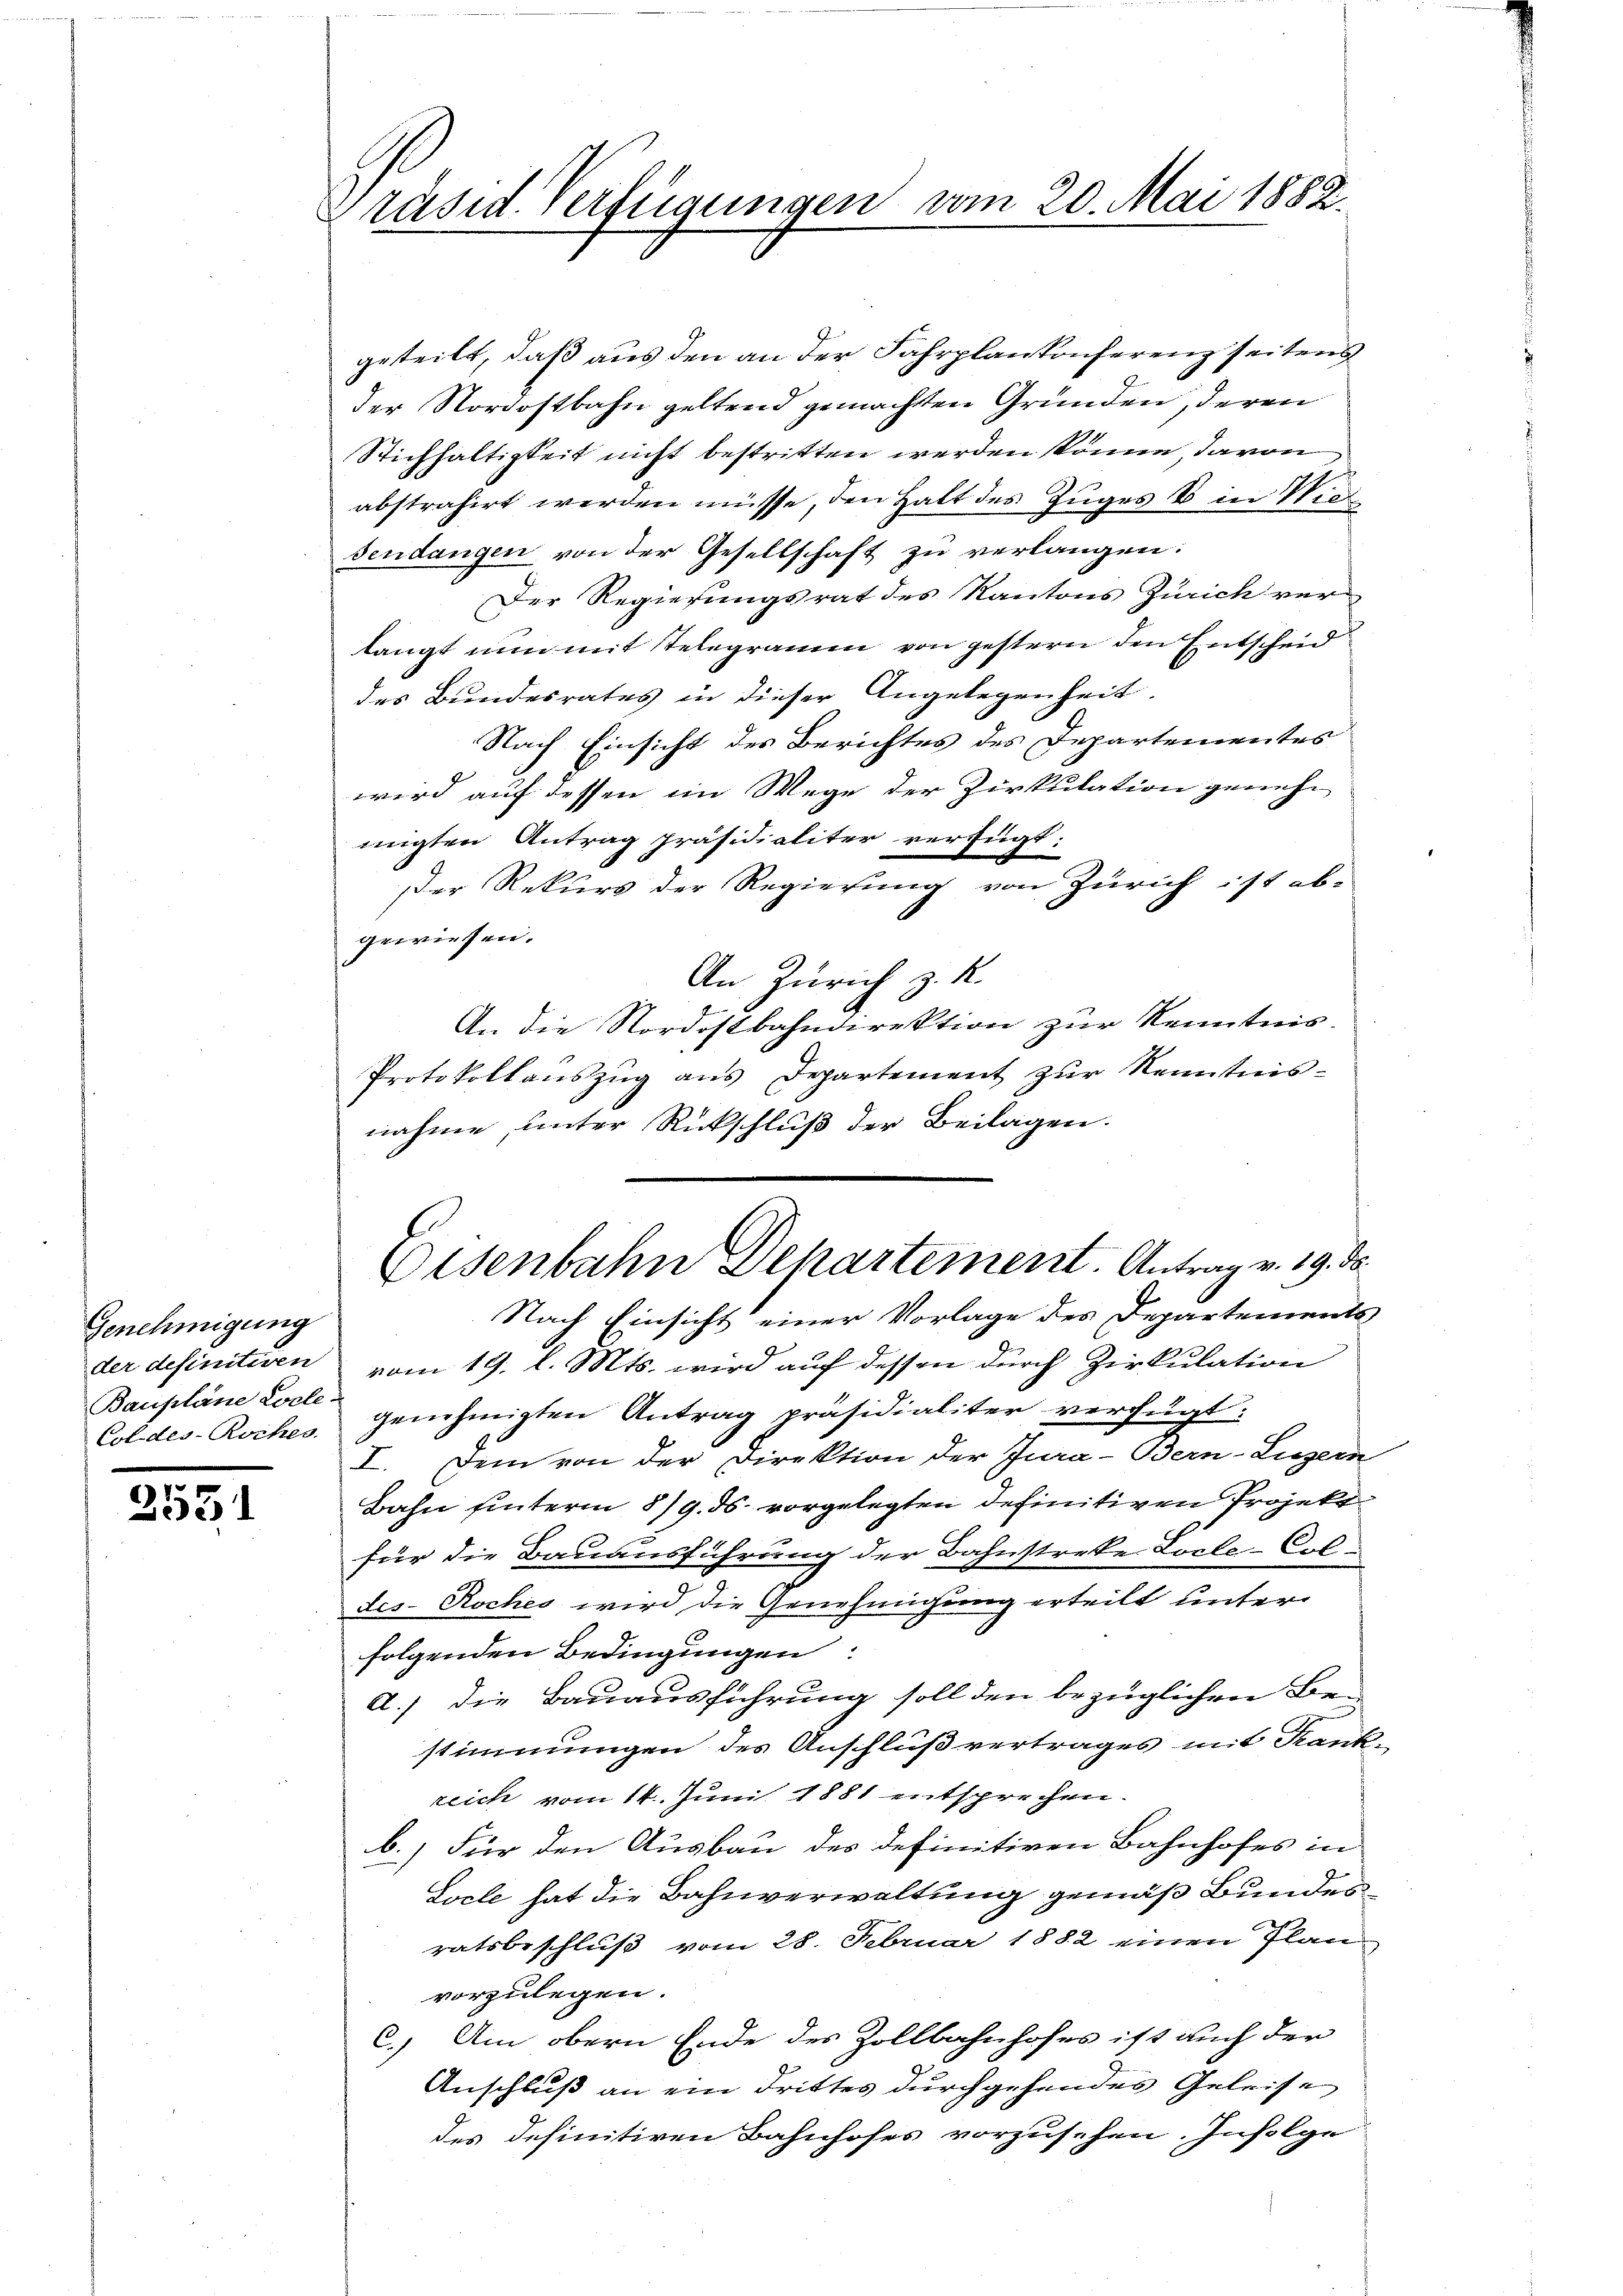
Genehmigung
der definitiven
Baupläne Coele-
Col des- Roches

.
233

Präsid. Verfügungen vom 20. Mai 1882.

geteilt, daß aus den an der Fahrplankonferenz seitens
der Nordostbahn geltend gemachten Gründen, deren
Stichhaltigkeit nicht bestritten werden könne davon
abstrahirt werden müsse, den Halt des Zuges B in Wie
Fendangen von der Gesellschaft zu verlangen:
Der Regierungsrat des Kantons Zürich verlangt nun mit Telegramm von gestern den Entscheid
des Bundesrates in dieser Angelegenheit.
Nach Einsicht des Berichtes des Departementes
wird auf dessen im Wege der Zirkulation genehnigten Antrag präsidialiter verfügt:
dder Rekurs der Regierung von Zürich ist ab-
gewiesen.
An Zürich z. R.
An die Nordostbahndirektion zur Kenntnis.
Protokollanszŭg ans Departement zŭr Kenntnis-
nahme, unter Rückschluß der Beilagen.
Eisenbahn Departement. Antrag v. 19. d.
Nach Einsicht einer Vorlage des Departements
vom 19. l. Mts. wird auf dessen durch Zirkulation
genehmigten Antrag präsidialiter verfügt:
I. Dem von der Direktion der Jura-Bern-Luzern
Bahn hinterm 8/9. ds. vorgelegten definitiven Projekt
für die Bauausführung der Bahnstreke Locle-Col-
des- Roches wird die Genehmigung erteilt unter
folgenden Bedingungen:
A.) Die Bauausführung soll den bezüglichen Bestimmungen des Anschluß vertrages mit Krankzeich vom 14. Juni 1881 entsprechen.
b.) Für den Ausbau des definitiven Bahnhofes in
Locle hat die Bahnverwaltung gemäß Bundesratsbeschluß vom 28. Februar 1882 einen Plan-
vorzulegen.
C.) Am obern Ende des Zollbahnhofes ist auch der
Anschluß an ein Drittes durchgehendes Geleise
des definitiven Bahnhofes vorzusehen. Infolge